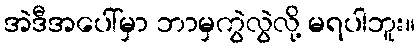
အဲဒီအပေါ်မှာ ဘာမှကွဲလွဲလို့ မရပါဘူး။